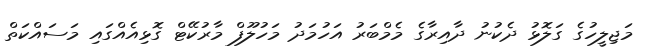
މަޖިލީހުގެ ގަލޮޅު ދެކުނު ދާއިރާގެ މެމްބަރު އަހުމަދު މަހުލޫފް މާރުކޭޓް ގޮޅިއެއްގައި މަސައްކަތް